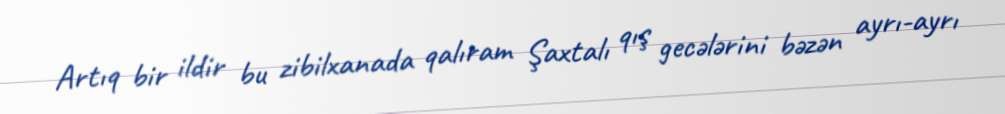
Artıq bir ildir bu zibilxanada qalıram Şaxtalı qış gecələrini bəzən ayrı-ayrı